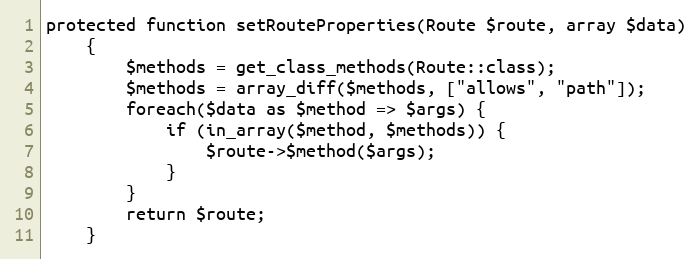
Language: PHP
protected function setRouteProperties(Route $route, array $data)
    {
        $methods = get_class_methods(Route::class);
        $methods = array_diff($methods, ["allows", "path"]);
        foreach($data as $method => $args) {
            if (in_array($method, $methods)) {
                $route->$method($args);
            }
        }
        return $route;
    }